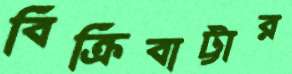
বিক্রিবাট্টার